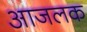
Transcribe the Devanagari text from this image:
आजलक